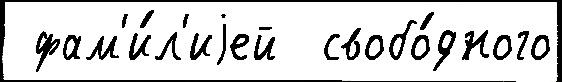
 фам'и́л'иjей  свобо́дного